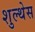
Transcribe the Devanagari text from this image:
शुल्थेस